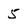
Character: 5